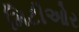
મિટીઓર